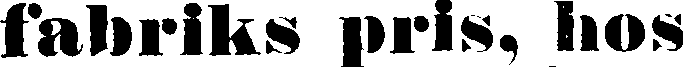
fabriks pris, hos